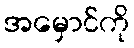
အမှောင်ကို